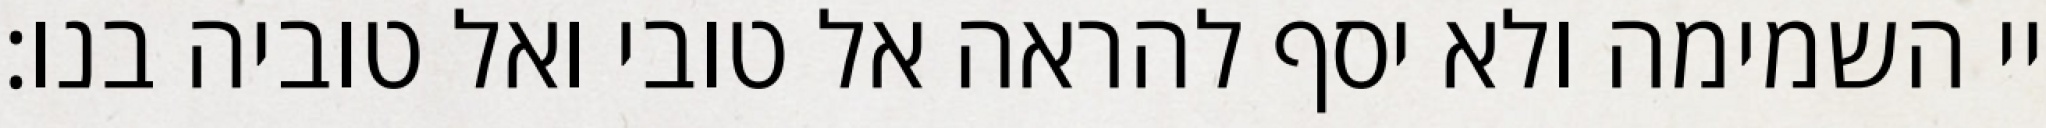
יי השמימה ולא יסף להראה אל טובי ואל טוביה בנו: